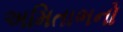
અમિતાભનો